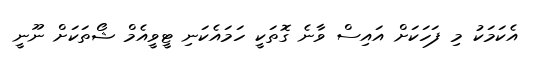
އެކަމަކު މި ފަހަކަށް އައިސް ވާނެ ގޮތަކީ ހަމައެކަނި ޓީވީއެމް ޝޯތަކަށް ނޫނީ